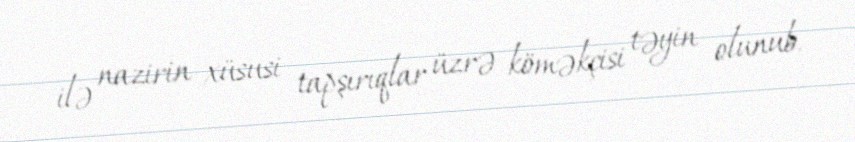
ilə nazirin xüsusi tapşırıqlar üzrə köməkçisi təyin olunub.